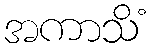
အကာသိံ